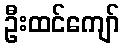
ဦးထင်ကျော်